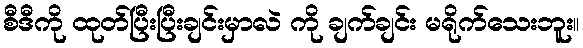
စီဒီကို ထုတ်ပြီးပြီးချင်းမှာလဲ ကို ချက်ချင်း မရိုက်သေးဘူး။